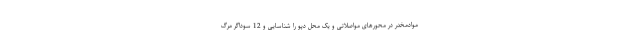
موادمخدر در محورهای مواصلاتی و یک محل دپو را شناسایی و 12 سوداگر مرگ